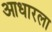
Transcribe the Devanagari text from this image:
आधारला